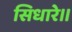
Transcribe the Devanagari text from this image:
सिधारे॥